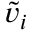
\tilde { v } _ { i }